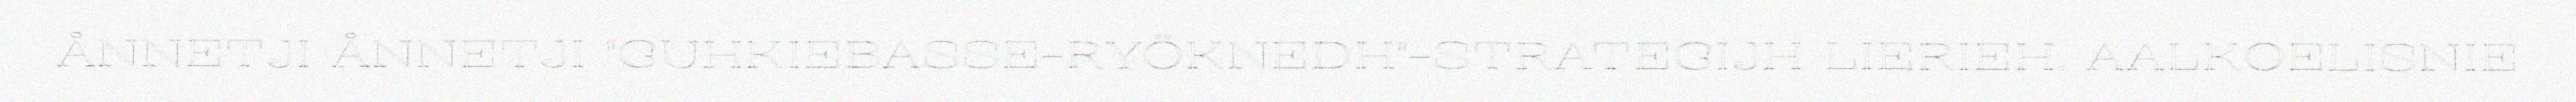
ÅNNETJI ÅNNETJI "GUHKIEBASSE-RYÖKNEDH"-STRATEGIJH LIERIEH. AALKOELISNIE